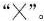
”×”。